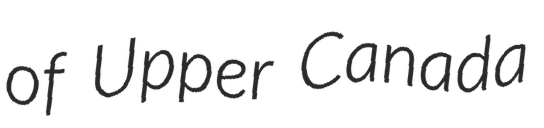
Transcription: of Upper Canada